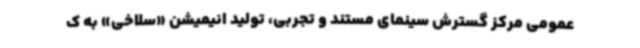
عمومی مرکز گسترش سینمای مستند و تجربی، تولید انیمیشن «سلاخی» به ک